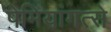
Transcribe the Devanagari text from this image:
पेमियांगत्से